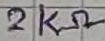
Text: 2KΩ